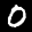
Label: 0